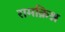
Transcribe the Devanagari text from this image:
रामक्रिश्न